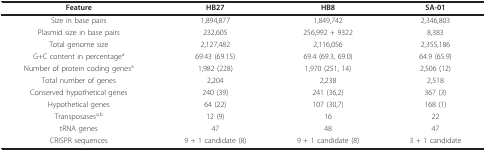
<table><thead><tr><td><b>Feature</b></td><td><b>HB27</b></td><td><b>HB8</b></td><td><b>SA-01</b></td></tr></thead><tbody><tr><td>Size in base pairs</td><td>1,894,877</td><td>1,849,742</td><td>2,346,803</td></tr><tr><td>Plasmid size in base pairs</td><td>232,605</td><td>256,992 + 9322</td><td>8,383</td></tr><tr><td>Total genome size</td><td>2,127,482</td><td>2,116,056</td><td>2,355,186</td></tr><tr><td>G+C content in percentage<sup>a</sup></td><td>69.43 (69.15)</td><td>69.4 (69.3, 69.0)</td><td>64.9 (65.9)</td></tr><tr><td>Number of protein coding genes<sup>a</sup></td><td>1,982 (228)</td><td>1,970 (251, 14)</td><td>2,506 (12)</td></tr><tr><td>Total number of genes</td><td>2,204</td><td>2,238</td><td>2,518</td></tr><tr><td>Conserved hypothetical genes</td><td>240 (39)</td><td>241 (36,2)</td><td>367 (3)</td></tr><tr><td>Hypothetical genes</td><td>64 (22)</td><td>107 (30,7)</td><td>168 (1)</td></tr><tr><td>Transposases<sup>a,b</sup></td><td>12 (9)</td><td>16</td><td>22</td></tr><tr><td>tRNA genes</td><td>47</td><td>48</td><td>47</td></tr><tr><td>CRISPR sequences</td><td>9 + 1 candidate (8)</td><td>9 + 1 candidate (8)</td><td>3 + 1 candidate</td></tr></tbody></table>